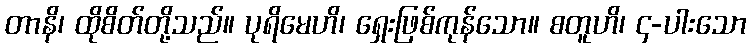
တာနိ၊ ထိုစိတ်တို့သည်။ ပုရိမေဟိ၊ ရှေးဖြစ်ကုန်သော။ စတူဟိ၊ ၄-ပါးသော